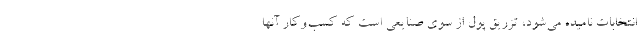
انتخابات نامیده می‌شود، تزریق پول از سوی صنایعی است که کسب‌وکار آنها